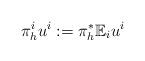
LaTeX: \begin{align*}\pi_h^i u^i:=\pi_h^*\mathbb{E}_i u^i\end{align*}